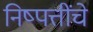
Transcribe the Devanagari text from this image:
निष्पत्तींचे